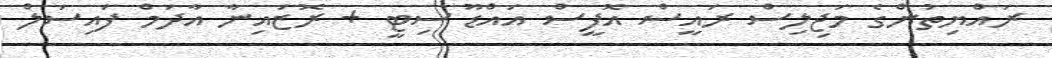
ރައްޔިތުންގެ މަޖިލިސް ރައީސް އޮފީސް އައްޑޫ ސިޓީ + ރޮޒައިނާ އާދަމް ފައިސަލް